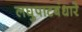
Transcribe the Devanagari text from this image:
लघुपाटबंधारे